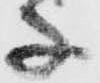
子